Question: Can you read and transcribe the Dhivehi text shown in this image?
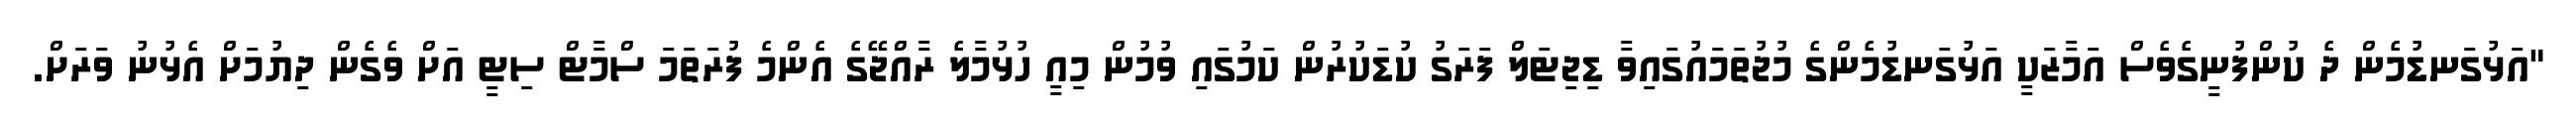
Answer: "އަޅުގަނޑުމެން ދެ ކުންފުނީގެވެސް އަމާޒަކީ އަޅުގަނޑުމެންގެ މުޖުތަމައުގައިވާ ޑިޖިޓަލް ފަރަގު ކުޑަކުރުން ކަމުގައި ވުމުން މިއީ ހުޅުމާލެ ރާއްޖޭގެ އެންމެ ފުރަތަމަ ސްމާޓް ސިޓީ އަށް ވެގެން ދިޔުމަށް އެޅުނު ވަރަށް.